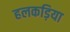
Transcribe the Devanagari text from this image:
हलकड़िया